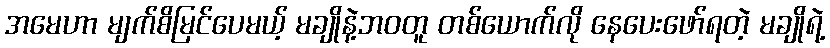
အမေဟာ မျက်စိမြင်ပေမယ့် မချိုနဲ့ဘဝတူ တစ်ယောက်လို နေပေးဖော်ရတဲ့ မချိုရဲ့